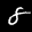
Label: 8